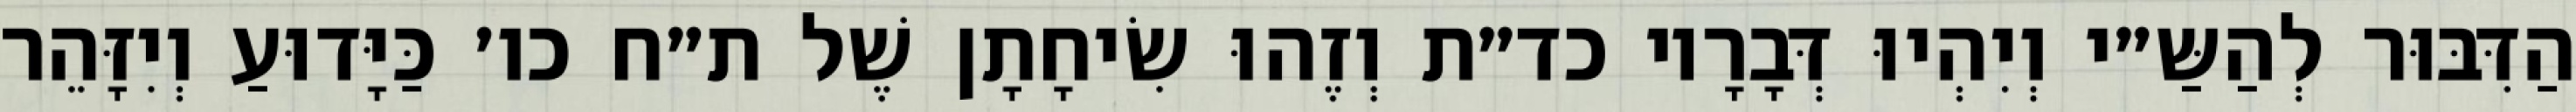
הַדִּבּוּר לְהַשַּ״י וְיִהְיוּ דְּבָרָיו כד״ת וְזֶהוּ שִׂיחָתָן שֶׁל ת״ח כו׳ כַּיָּדוּעַ וְיִזָּהֵר